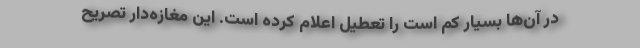
در آن‌ها بسیار کم است را تعطیل اعلام کرده است. این مغازه‌دار تصریح